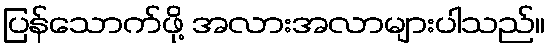
ပြန်သောက်ဖို့ အလားအလာများပါသည်။